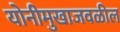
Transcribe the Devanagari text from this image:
योनीमुखाजवळील